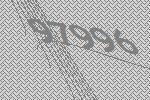
97996